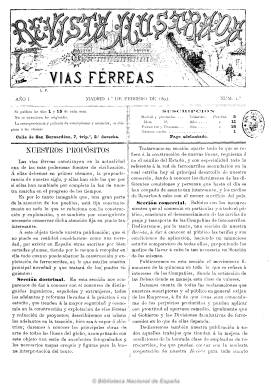
Título: Revista ilustrada, vías férreas
Otros títulos: Revista ilustrada de vías férreas || Revista ilustrada || Bancos, sociedades y navegación || Bancos y sociedades, industria y navegación || Banca, comercio, navegación, seguros, minas, industria, electricidad, tranvías || Revista ilustrada, dedicada al examen de cuestiones sobre vías férreas ... || Revista ilustrada, publicación científica financiera e industrial
Colección: Economía || Ferrocarriles || Industria
Ámbito geográfico: Madrid
Lugar de publicación: Madrid
Fechas: 01/02/1893-10/09/1896

Nace como publicación especializada con la intención de ser dedicada tanto a las empresas relacionadas con el ferrocarril y el tranvía (de vapor o eléctrico) como al público en general, siendo su fundador y propietario el ingeniero A. Riera, y redactor jefe, Victorino Rankin Díaz, quien pronto asumirá la dirección y más tarde su propiedad. Aparece el uno de febrero de 1893, con periodicidad quincenal, en números, generalmente, de doce páginas, que después irá aumentando, a la vez que su frecuencia de aparición a partir de 1894 será decenal (los días 5, 15 y 25 de cada mes).

Cuenta con una sección doctrinal, con artículos sobre los adelantos y reformas ferroviarias tanto a nivel internacional como español, así como sobre los proyectos, construcción y explotación de las redes, fabricación de maquinaria, herramientas y electricidad, entre otros asuntos. Tiene también una sección comercial, con las tarifas y estudios comparativos de estas. Ofrece asimismo información de las juntas de accionistas de las empresas, del movimiento financiero y de las cotizaciones de bolsa de las compañías del sector, y noticias sobre sus empleados. También da cuenta de las leyes, reglamentos, decretos, jurisprudencia y otras disposiciones jurídicas relacionadas con el ferrocarril, la expropiación forzosa, etc. Ofrece también información de las concesiones y subastas, así como estadísticas y bibliografía, y tiene una sección de reclamaciones y ruegos del público sobre estos servicios. También inserta anuncios comerciales.

Sus grabados (puentes, acueductos, estaciones, máquinas, mapas, croquis o figuras) son más bien escasos, circunscribiéndose principalmente a los insertados en la primera página, que muy pronto es ocupada por un retrato de personajes ilustres de actualidad del mundo de la economía, la empresa, la política o la ciencia, con su correspondiente semblanza biográfica. Según la propia revista, cuenta con letrados, ingenieros, agrimensores y delineantes como colaboradores.

Registra variaciones en el título, desde Revista ilustrada de vías férreas a Revista ilustrada, publicación científica, financiera e industrial, así como en el subtítulo, que expresa sus principales contenidos en cada momento: “bancos, sociedades y navegación”; “bancos y sociedades, industria y navegación”, y “banca, comercio, navegación, seguros, minas, industria, electricidad, tranvías”. A partir de septiembre de 1896 modificará su título a Revista ilustrada de banca, ferrocarriles, industria y seguros, que mantendrá hasta su desaparición en 1936, cabecera esta que también forma parte de la Hemeroteca Digital de la BNE.